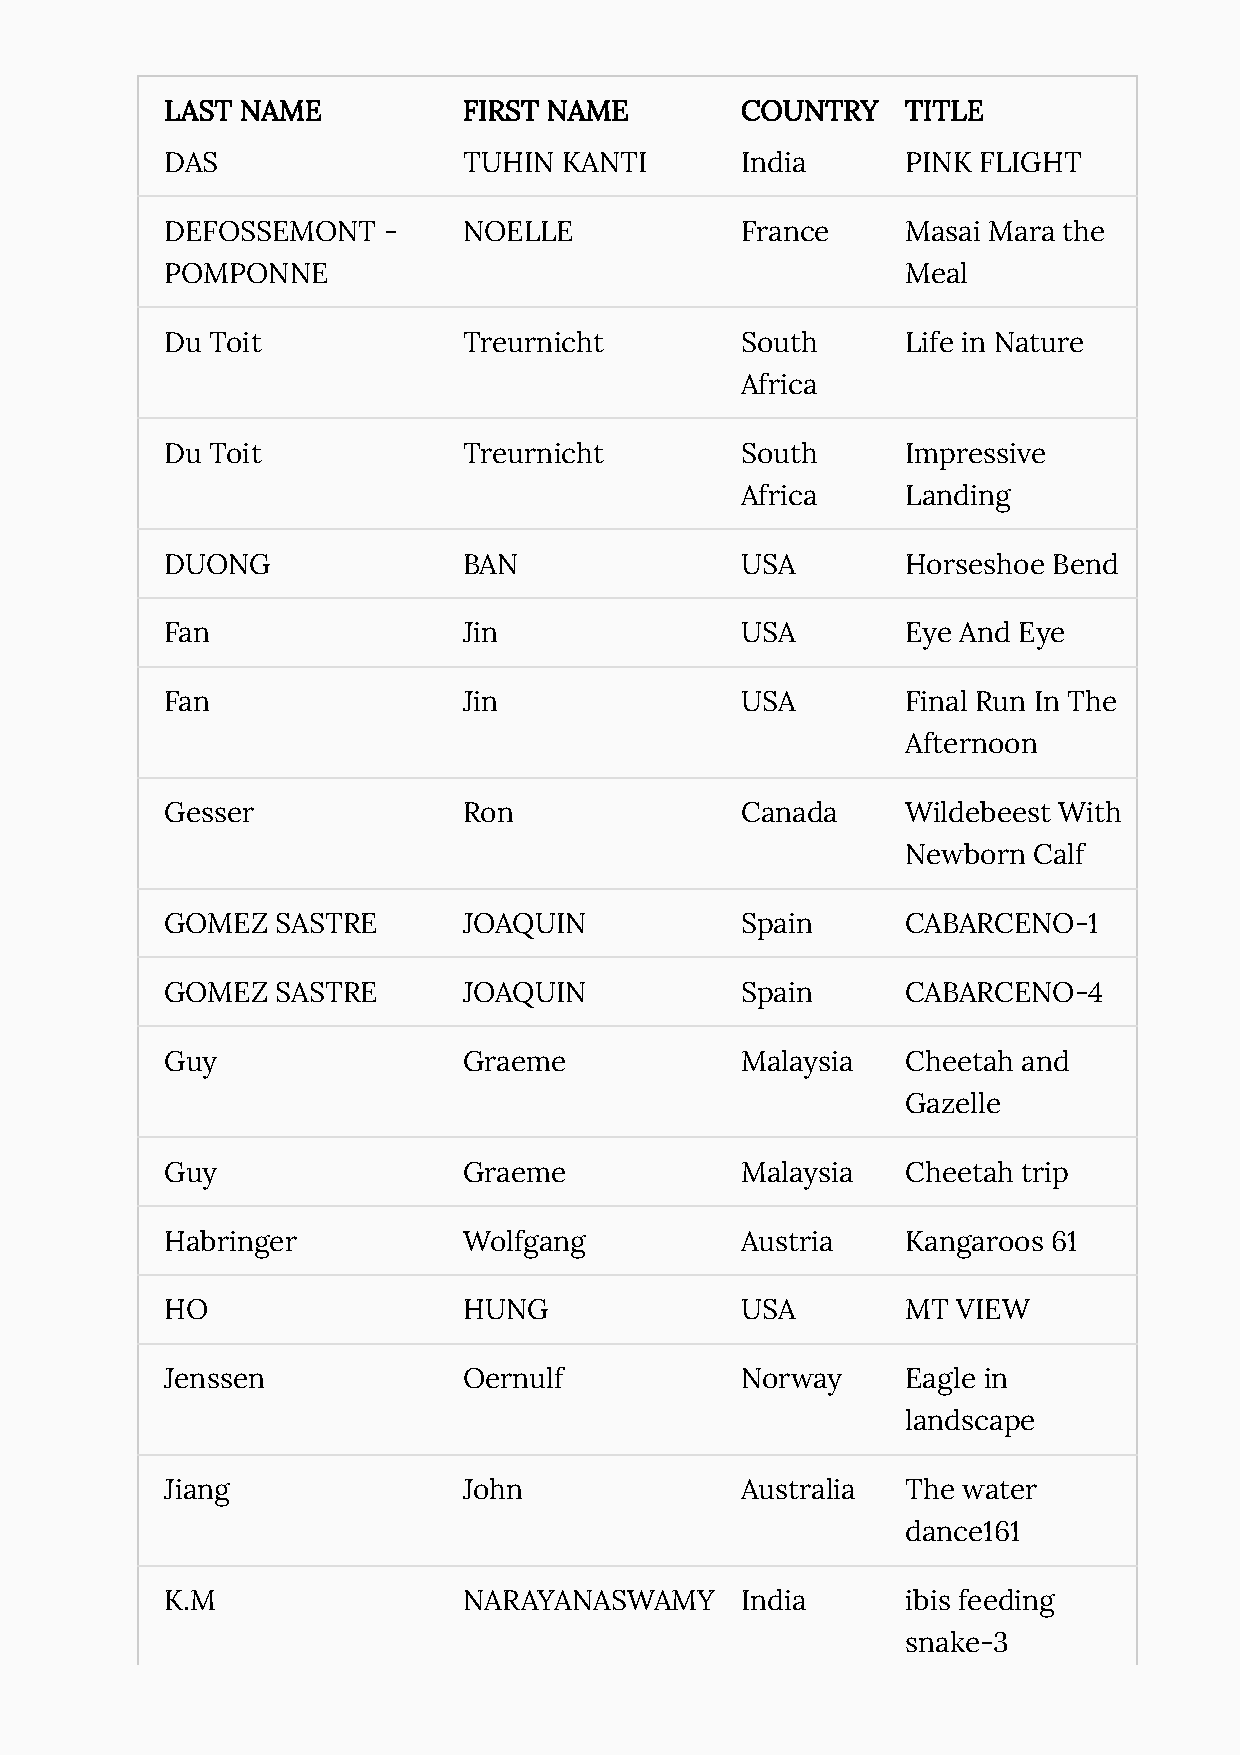
LAST NAME           FIRST NAME        COUNTRY    TITLE
 DAS                 TUHIN KANTI       India      PINK FLIGHT
 DEFOSSEMONT   -     NOELLE            France     Masai Mara the
 POMPONNE                                         Meal
 Du Toit             Treurnicht        South      Life in Nature
 Africa
 Du Toit             Treurnicht        South      Impressive
 Africa     Landing
 DUONG               BAN               USA        Horseshoe Bend
 Fan                 Jin               USA        Eye And Eye
 Fan                 Jin               USA        Final Run In The
 Afternoon
 Gesser              Ron               Canada     Wildebeest With
 Newborn Calf
 GOMEZ  SASTRE       JOAQUIN           Spain      CABARCENO-1
 GOMEZ  SASTRE       JOAQUIN           Spain      CABARCENO-4
 Guy                 Graeme            Malaysia   Cheetah and
 Gazelle
 Guy                 Graeme            Malaysia   Cheetah trip
 Habringer           Wolfgang          Austria    Kangaroos 61
 HO                  HUNG              USA        MT VIEW
 Jenssen             Oernulf           Norway     Eagle in
 landscape
 Jiang               John              Australia  The water
 dance161
 K.M                 NARAYANASWAMY     India      ibis feeding
 snake-3